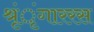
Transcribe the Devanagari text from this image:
श्रृंृंगाररस